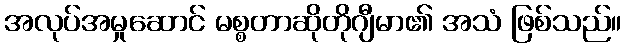
အလုပ်အမှုဆောင် မစ္စတာဆိုတိုဂျီမာ၏ အသံ ဖြစ်သည်။